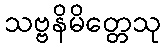
သဗ္ဗနိမိတ္တေသု